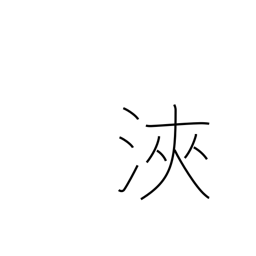
Meaning: cycle